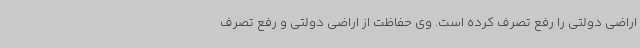
اراضی دولتی را رفع تصرف کرده است. وی حفاظت از اراضی دولتی و رفع تصرف